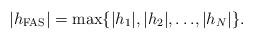
LaTeX: \begin{align*}|h_{\mathrm{ FAS}}|=\max \{|h_{1}|,|h_{2}|, {\dots },|h_{N}|\}.\end{align*}